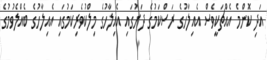
އަދި ކޮންމެ އެއްޗަކީވެސް އެއިލާހުގެ ރަސްކަމުގެ ދަށުގައި އެއިލާހުގެ މިލްކުވެރިކަމުގައި އެއިލާހުގެ ބެއްލެވުމުގެ